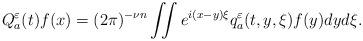
LaTeX: \begin{align*}Q_a^{\varepsilon}(t)f(x)=(2\pi)^{-\nu n}\iint e^{i(x-y)\xi}q_a^{\varepsilon}(t,y,\xi)f(y)dyd\xi.\end{align*}